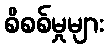
စိစစ်မှုများ